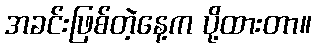
အခင်းဖြစ်တဲ့နေ့က ပို့ထားတာ။